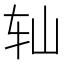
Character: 𫐅